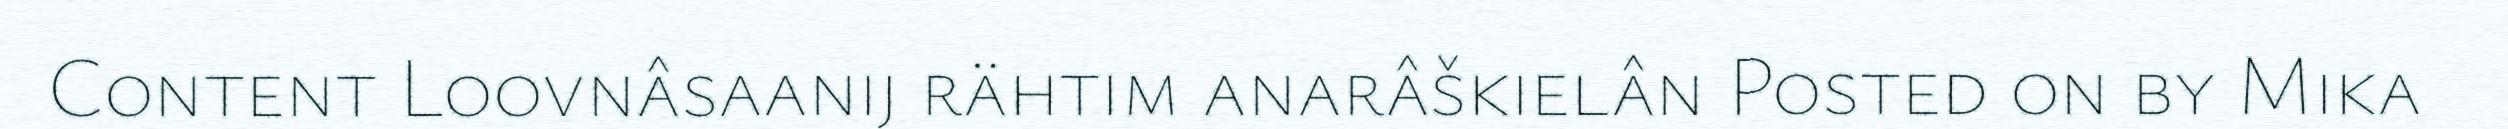
Content Loovnâsaanij rähtim anarâškielân Posted on by Mika